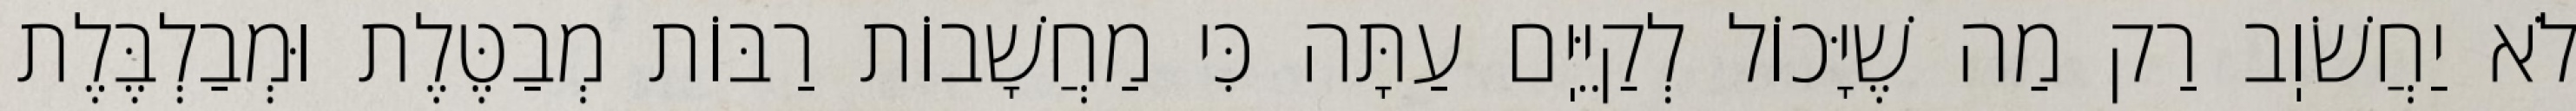
לֹא יַחֲשֹׁוֽב רַק מַה שֶׁיָּכוֹל לְקַיֵּיֽם עַתָּה כִּי מַחֲשָׁבוֹת רַבּוֹת מְבַטֶּלֶת וּמְבַלְבֶּלֶת